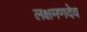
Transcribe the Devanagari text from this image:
लक्षमणदेव